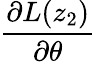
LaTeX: \frac{\partial L(z_{2})}{\partial{\theta}}